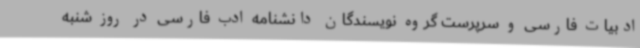
ادبیات فارسی و سرپرست گروه نویسندگان دانشنامه ادب فارسی در روز شنبه